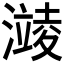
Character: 𪷥